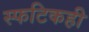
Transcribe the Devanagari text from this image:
स्फटिकही